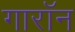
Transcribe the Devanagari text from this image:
गारॉन